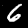
Label: 6